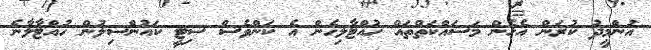
އުންމީދު ކުރަން އެހެން މަސައްކަތްތައް ހުއްޓާލިހެން އެ ކަންވެސް ސިޓީ ކައުންސިލުން ހުއްޓާލާނެ